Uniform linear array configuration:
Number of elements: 64
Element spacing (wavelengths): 0.75
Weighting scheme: hamming
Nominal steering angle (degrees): -45
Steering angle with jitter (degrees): -44.289
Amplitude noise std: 0.05
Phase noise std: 0.05

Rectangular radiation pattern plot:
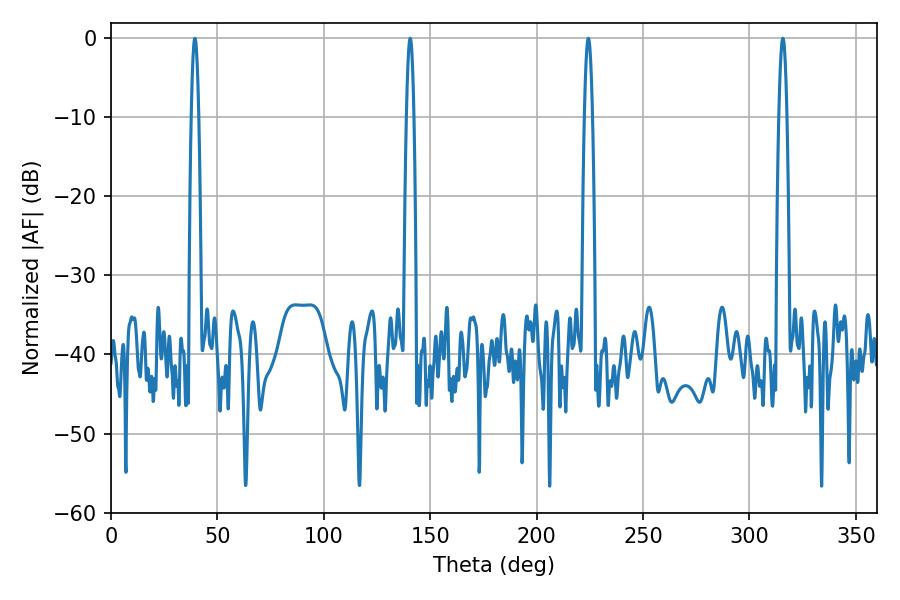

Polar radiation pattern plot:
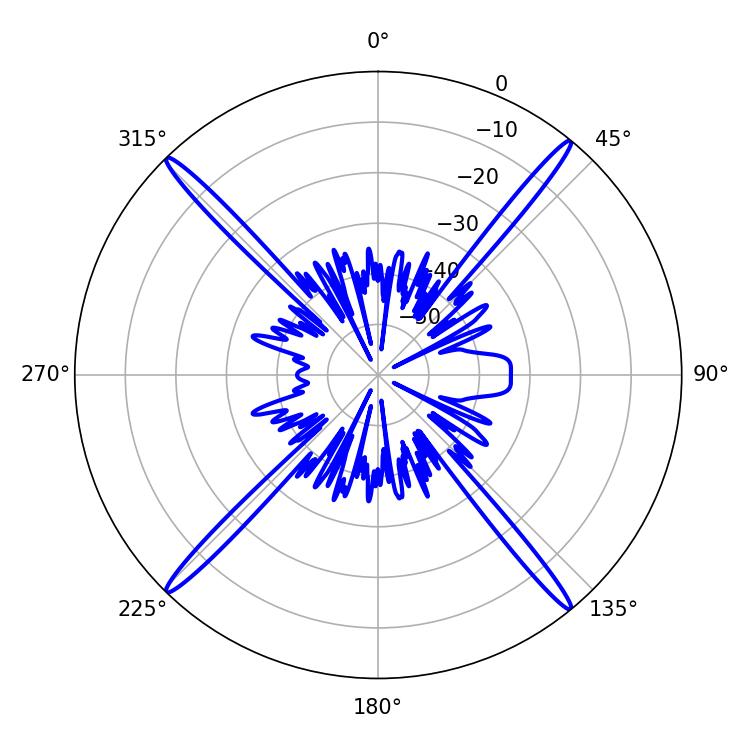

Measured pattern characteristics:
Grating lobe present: TRUE
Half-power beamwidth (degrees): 1.8
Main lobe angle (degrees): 39.42